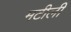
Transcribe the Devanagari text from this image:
मटीली